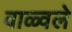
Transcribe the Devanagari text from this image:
वाळ्वले